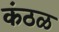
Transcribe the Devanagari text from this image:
कंठळ